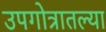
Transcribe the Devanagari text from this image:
उपगोत्रातल्या